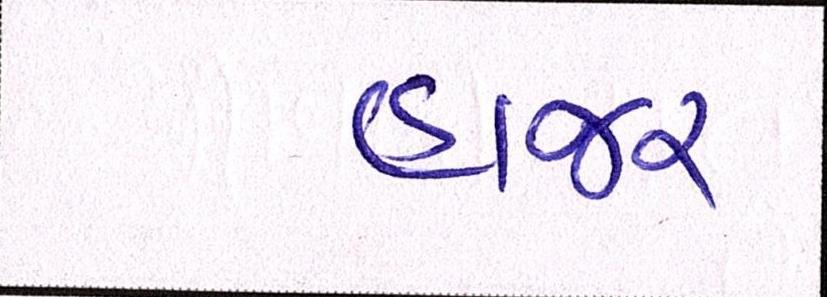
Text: હાજર